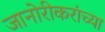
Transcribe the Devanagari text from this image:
जानोरीकरांच्या